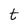
Character: t